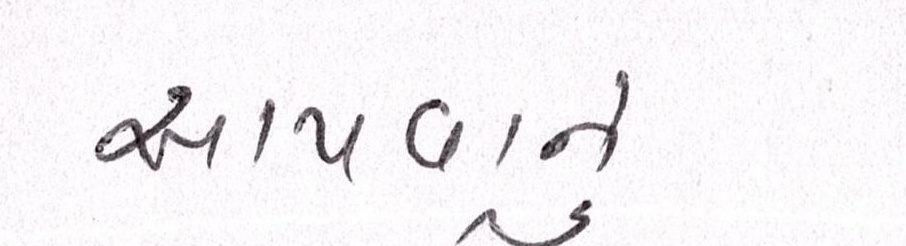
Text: આપવાનું